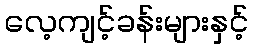
လေ့ကျင့်ခန်းများနှင့်